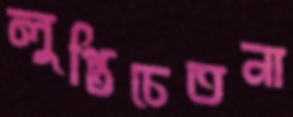
লুপ্তিচেতনা